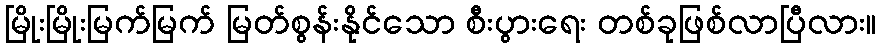
မြိုးမြိုးမြက်မြက် မြတ်စွန်းနိုင်သော စီးပွားရေး တစ်ခုဖြစ်လာပြီလား။